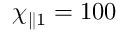
\chi _ { \parallel 1 } = 1 0 0